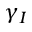
\gamma _ { I }